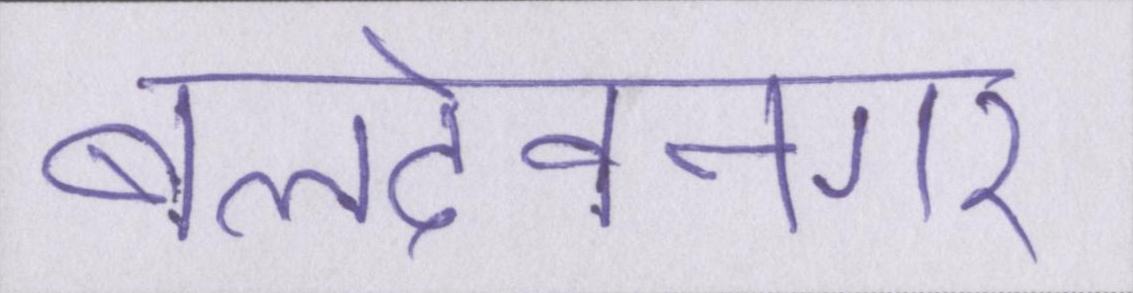
बलदेवनगर